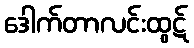
ဒေါက်တာလင်းထွဋ်